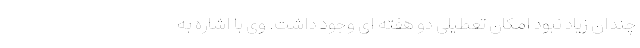
چندان زیاد نبود امکان تعطیلی دو هفته ای وجود داشت. وی با اشاره به